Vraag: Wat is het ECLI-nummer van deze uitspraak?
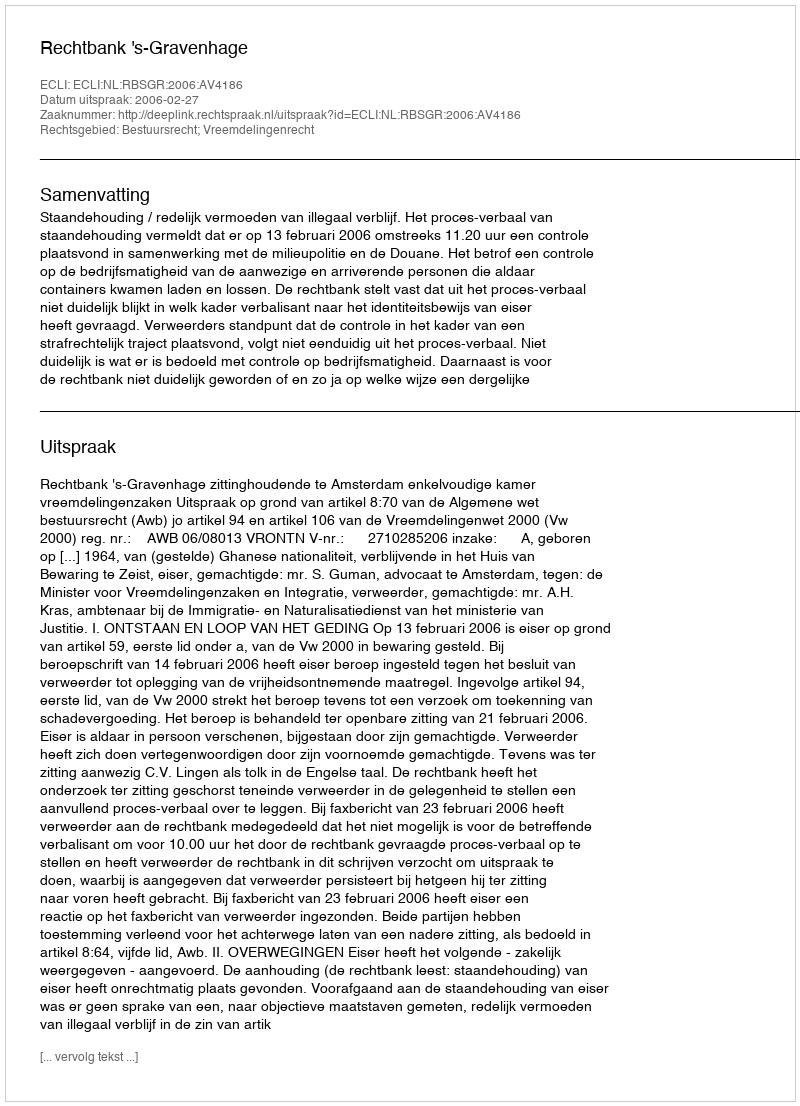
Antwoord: ECLI:NL:RBSGR:2006:AV4186